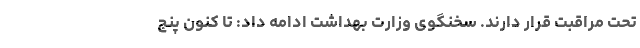
تحت مراقبت قرار دارند. سخنگوی وزارت بهداشت ادامه داد: تا کنون پنج